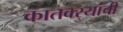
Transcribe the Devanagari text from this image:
कातक्र्‍यांची